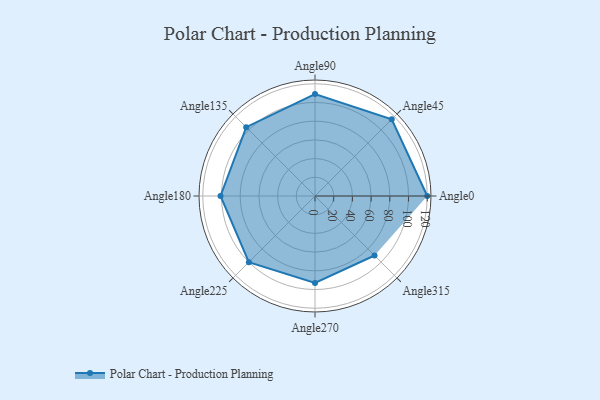
{"axis": {"x": "Angle", "y": "Radius"}, "legend": [""], "data": [{"x": "Angle0", "y": 120.0, "type": ""}, {"x": "Angle45", "y": 116.0, "type": ""}, {"x": "Angle90", "y": 109.0, "type": ""}, {"x": "Angle135", "y": 104.0, "type": ""}, {"x": "Angle180", "y": 101.0, "type": ""}, {"x": "Angle225", "y": 100.0, "type": ""}, {"x": "Angle270", "y": 93.0, "type": ""}, {"x": "Angle315", "y": 90.0, "type": ""}]}